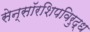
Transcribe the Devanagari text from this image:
सेन्सॉरशिपविरुद्ध